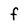
Character: f